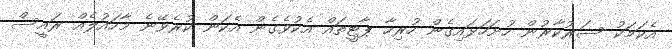
އެކަމަކު ސަރުކާރުން ހުށަހަޅައިގެން ހުރިހާ ޕާޓީތައް އެކުވެގެން އެކަން ކުރެވޭނެ މާހައުލެއް ރައީސް